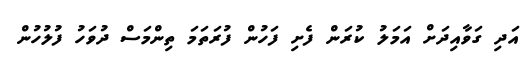
އަދި ގަވާއިދަށް އަމަލު ކުރަން ފެށި ފަހުން ފުރަތަމަ ތިންމަސް ދުވަހު ފުލުހުން